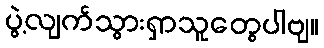
ပွဲ့လျက်သွားရှာသူတွေပါဗျ။